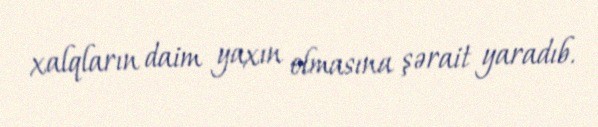
xalqların daim yaxın olmasına şərait yaradıb.